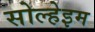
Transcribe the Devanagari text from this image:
सोल्हेइम